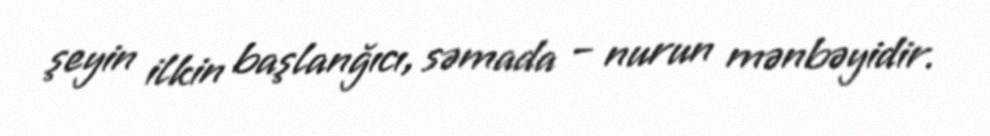
şeyin ilkin başlanğıcı, səmada – nurun mənbəyidir.